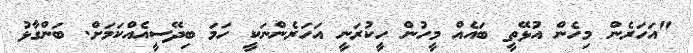
"އަހަރެން މިހެން އުޅޭތީ ބައެއް މީހުން ހީކުރަނީ އަހަރެންނަކީ ހަމަ ބިދޭސީއެއްކަމަށް. ބަންގާޅު